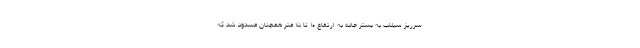
سرریز سیلاب به بستر جاده به ارتفاع ۱۰ تا ۱۵ متر همچنان مسدود شد که